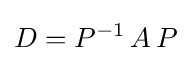
D=P^{-1}\,A\,P